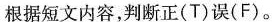
根据短文内容,判断正(T)误(F)。